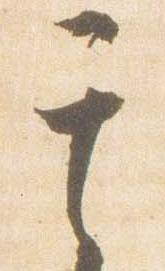
其